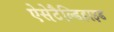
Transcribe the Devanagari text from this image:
ऐसेटैल्डिहाइड